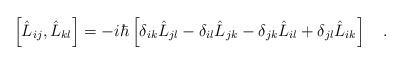
LaTeX: \begin{align*}\left[\hat{L}_{ij},\hat{L}_{kl}\right]=-i\hbar\left[\delta_{ik}\hat{L}_{jl}-\delta_{il}\hat{L}_{jk}-\delta_{jk}\hat{L}_{il}+\delta_{jl}\hat{L}_{ik}\right]\ \ \ .\end{align*}